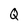
Character: Q